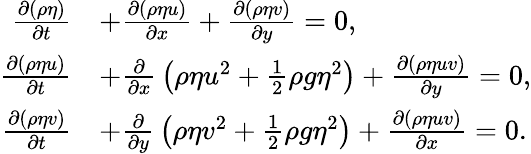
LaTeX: {\begin{array}{rl}{{\frac{\partial(\rho\eta)}{\partial t}}}&{+{\frac{\partial(\rho\eta u)}{\partial x}}+{\frac{\partial(\rho\eta v)}{\partial y}}=0,}\\ {{\frac{\partial(\rho\eta u)}{\partial t}}}&{+{\frac{\partial}{\partial x}}\left(\rho\eta u^{2}+{\frac{1}{2}}\rho g\eta^{2}\right)+{\frac{\partial(\rho\eta uv)}{\partial y}}=0,}\\ {{\frac{\partial(\rho\eta v)}{\partial t}}}&{+{\frac{\partial}{\partial y}}\left(\rho\eta v^{2}+{\frac{1}{2}}\rho g\eta^{2}\right)+{\frac{\partial(\rho\eta uv)}{\partial x}}=0.}\end{array}}